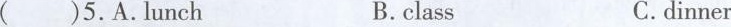
( )5.A.Lunch B.class C.dinner